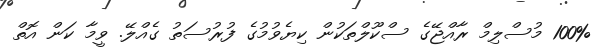
100% މުސްލިމް ރާއްޖޭގެ ސްކޫލްތަކުން ކިޔެވުމުގެ ފުރުސަތު ގެއްލޭ. ވީމާ ކަން އޮތް